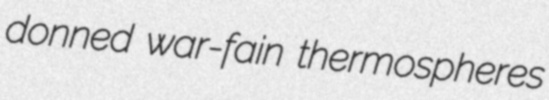
donned war-fain thermospheres